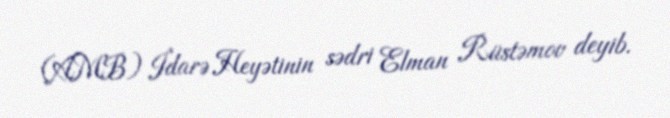
(AMB) İdarə Heyətinin sədri Elman Rüstəmov deyib.